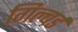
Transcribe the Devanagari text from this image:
गिल्बर्ड